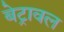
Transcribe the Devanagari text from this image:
बेट्रावल